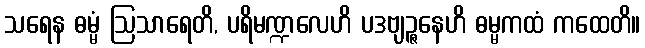
သရေန ဓမ္မံ ဩသာရေတိ, ပရိမဏ္ဍလေဟိ ပဒဗျဉ္ဇနေဟိ ဓမ္မကထံ ကထေတိ။